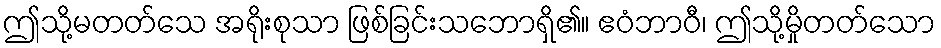
ဤသို့မတတ်သေ အရိုးစုသာ ဖြစ်ခြင်းသဘောရှိ၏။ ဧဝံဘာဝီ၊ ဤသို့မှိုတတ်သော